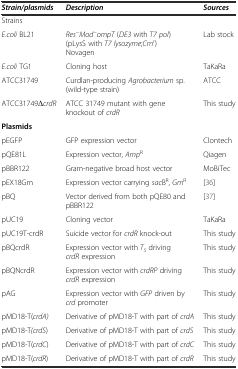
<table><thead><tr><td><b><i>Strain/plasmids</i></b></td><td><b><i>Description</i></b></td><td><b><i>Sources</i></b></td></tr></thead><tbody><tr><td colspan="3">Strains</td></tr><tr><td><i>E.coli</i> BL21</td><td><i>Res</i><sup>−</sup><i>Mod</i><sup>−</sup><i>ompT</i> (<i>DE3</i> with <i>T7 pol</i>) (pLysS with <i>T7 lysozyme</i>;<i>Cm</i><sup>r</sup>) Novagen</td><td>Lab stock</td></tr><tr><td><i>E.coli</i> TG1</td><td>Cloning host</td><td>TaKaRa</td></tr><tr><td>ATCC31749</td><td>Curdlan-producing <i>Agrobacterium</i> sp. (wild-type strain)</td><td>ATCC</td></tr><tr><td>ATCC31749Δ<i>crdR</i></td><td>ATCC 31749 mutant with gene knockout of <i>crdR</i></td><td>This study</td></tr><tr><td colspan="3"><b>Plasmids</b></td></tr><tr><td>pEGFP</td><td>GFP expression vector</td><td>Clontech</td></tr><tr><td>pQE81L</td><td>Expression vector, <i>Amp</i><sup>R</sup></td><td>Qiagen</td></tr><tr><td>pBBR122</td><td>Gram-negative broad host vector</td><td>MoBiTec</td></tr><tr><td>pEX18Gm</td><td>Expression vector carrying <i>sac</i>B<sup>R</sup>, <i>Gm</i><sup>R</sup></td><td>[36]</td></tr><tr><td>pBQ</td><td>Vector derived from both pQE80 and pBBR122</td><td>[37]</td></tr><tr><td>pUC19</td><td>Cloning vector</td><td>TaKaRa</td></tr><tr><td>pUC19T-crdR</td><td>Suicide vector for <i>crdR</i> knock-out</td><td>This study</td></tr><tr><td>pBQcrdR</td><td>Expression vector with <i>T</i><sub><i>5</i></sub> driving <i>crdR</i> expression</td><td>This study</td></tr><tr><td>pBQNcrdR</td><td>Expression vector with <i>crdRP</i> driving <i>crdR</i> expression</td><td>This study</td></tr><tr><td>pAG</td><td>Expression vector with <i>GFP</i> driven by <i>crd</i> promoter</td><td>This study</td></tr><tr><td>pMD18-T(<i>crdA)</i></td><td>Derivative of pMD18-T with part of <i>crdA</i></td><td>This study</td></tr><tr><td>pMD18-T<i>(crdS</i>)</td><td>Derivative of pMD18-T with part of <i>crdS</i></td><td>This study</td></tr><tr><td>pMD18-T(<i>crdC</i>)</td><td>Derivative of pMD18-T with part of <i>crdC</i></td><td>This study</td></tr><tr><td>pMD18-T(<i>crdR</i>)</td><td>Derivative of pMD18-T with part of <i>crdR</i></td><td>This study</td></tr></tbody></table>